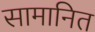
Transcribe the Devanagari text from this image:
सामानित